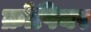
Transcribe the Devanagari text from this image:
क्रोपियर